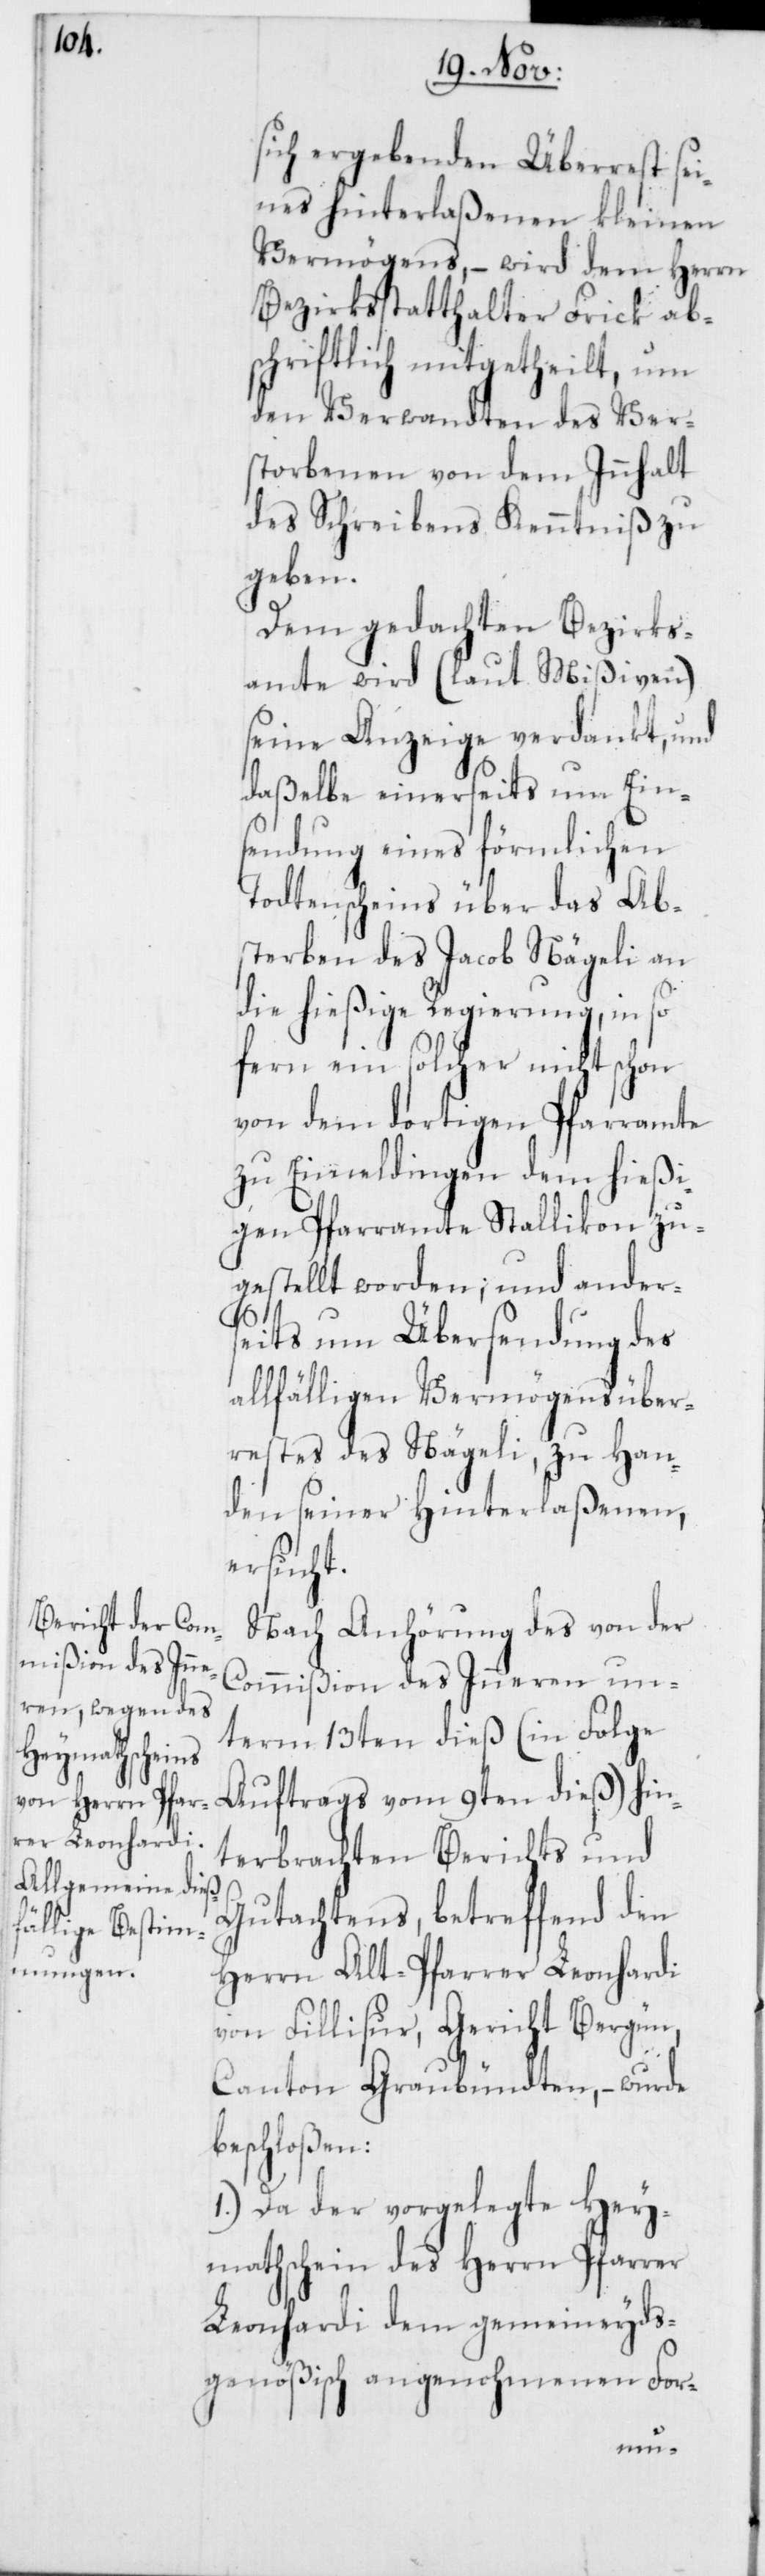
sich ergebenden Überrest sei¬
nes hinterlaßenen kleinen
Vermögens, – wird dem Herrn
Bezirksstatthalter Frick ab¬
schriftlich mitgetheilt, um
den Verwandten des Ver¬
storbenen von dem Innhalt
des Schreibens Kenntniß zu
geben.
Dem gedachten Bezirks¬
amte wird (laut Mißiven)
seine Anzeige verdankt, und
daßelbe einerseits um Ein¬
sendung eines förmlichen
Todtenscheins über das Ab¬
sterben des Jacob Nägeli an
die hießige Regierung, in so
fern ein solcher nicht schon
von dem dortigen Pfarramte
zu Eimeldingen dem hießi¬
gen Pfarramte Stallikon zu¬
gestellt worden; und ander¬
seits um Übersendung des
allfälligen Vermögensüber¬
restes des Nägeli, zu Han¬
den seiner Hinterlaßenen,
ersucht.
Nach Anhörung des von der
Commißion des Inneren un¬
term 13ten dieß (in Folge
Auftrags vom 9ten dieß) hin¬
terbrachten Berichts und
Gutachtens, betreffend den
Herrn Alt-Pfarrer Leonhardi
von Fillisur, Gericht Bergün,
Canton Graubündten, – wurde
beschloßen:
1.) Da der vorgelegte Hey¬
mathschein des Herrn Pfarrer
Leonhardi dem gemeineyds¬
genößisch angenohmenen For-